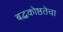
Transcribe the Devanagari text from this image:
बद्धकोष्ठतेचा